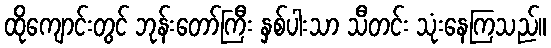
ထိုကျောင်းတွင် ဘုန်းတော်ကြီး နှစ်ပါးသာ သီတင်း သုံးနေကြသည်။